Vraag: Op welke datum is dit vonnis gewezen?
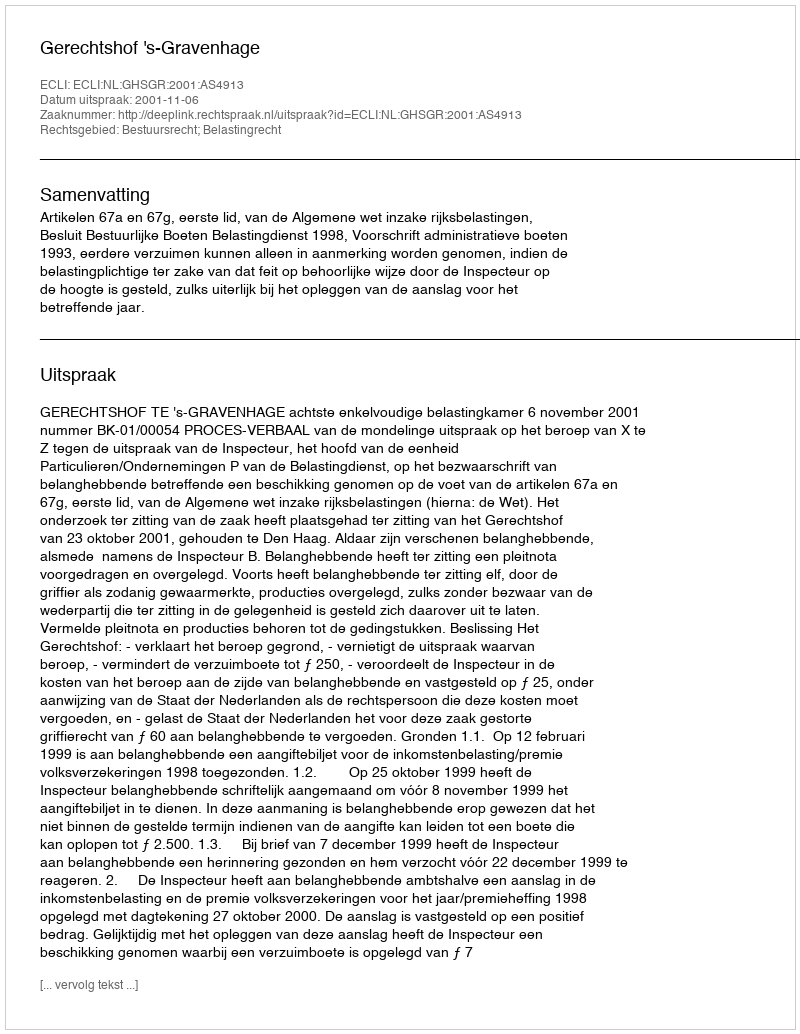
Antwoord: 2001-11-06